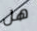
هل